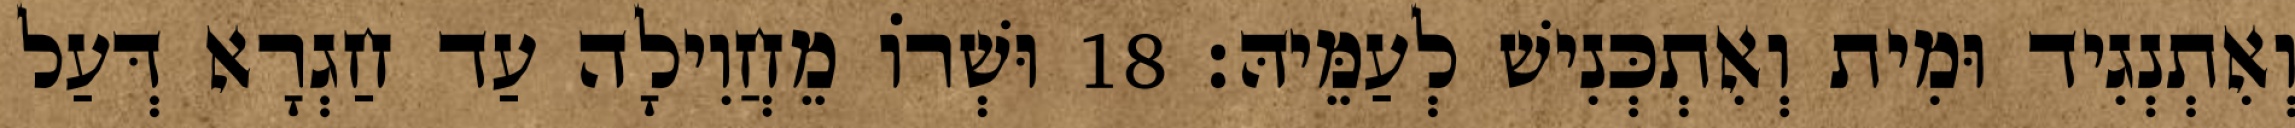
וְאִתְנְגִיד וּמִית וְאִתְכְּנִישׁ לְעַמֵּיהּ׃ 18 וּשְׁרוֹ מֵחֲוִילָה עַד חַגְרָא דְּעַל